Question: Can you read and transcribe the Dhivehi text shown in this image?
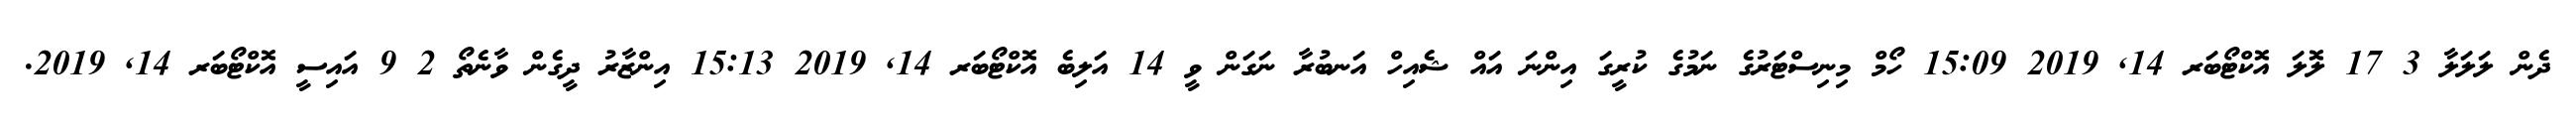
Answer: ދެން ލަލަލާ 3 17 ލޮލަ އޮކްޓޯބަރ 14, 2019 15:09 ހޯމް މިނިސްޓަރުގެ ނަމުގެ ކުރީގަ އިންނަ އައް ޝެއިހް އަނބުރާ ނަގަން ވީ 14 އަލިބެ އޮކްޓޯބަރ 14, 2019 15:13 އިންޒާރު ދީގެން ވާނެތޯ 2 9 އައިސީ އޮކްޓޯބަރ 14, 2019.